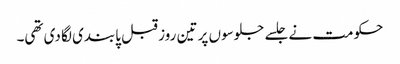
حکومت نے جلسے جلوسوں پر تین روز قبل پابندی لگا دی تھی۔